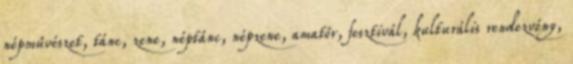
népművészet, tánc, zene, néptánc, népzene, amatőr, fesztivál, kulturális rendezvény,